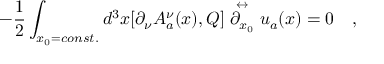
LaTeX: - \frac { 1 } { 2 } \int _ { x _ { 0 } = c o n s t . } d ^ { 3 } x [ \partial _ { \nu } A _ { a } ^ { \nu } ( x ) , Q ] \stackrel { \leftrightarrow } { \partial _ { x _ { 0 } } } u _ { a } ( x ) = 0 \quad ,